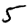
Digit: 5